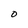
Character: O